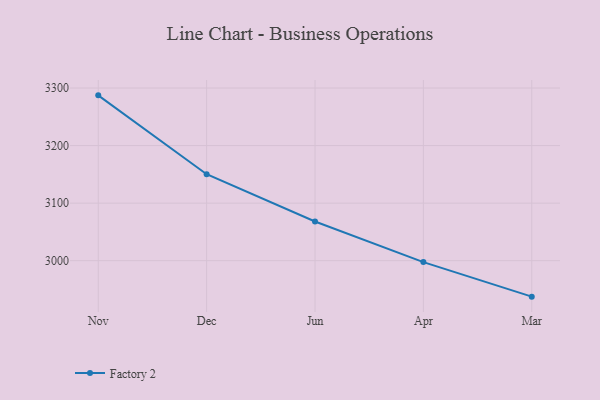
{"axis": {"x": "Month", "y": "Gross Profit (USD K)"}, "legend": ["Factory 2"], "data": [{"x": "Nov", "y": 3287.3, "type": "Factory 2"}, {"x": "Dec", "y": 3150.3, "type": "Factory 2"}, {"x": "Jun", "y": 3068.1, "type": "Factory 2"}, {"x": "Apr", "y": 2997.5, "type": "Factory 2"}, {"x": "Mar", "y": 2937.5, "type": "Factory 2"}]}